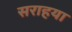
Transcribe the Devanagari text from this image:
सराहया